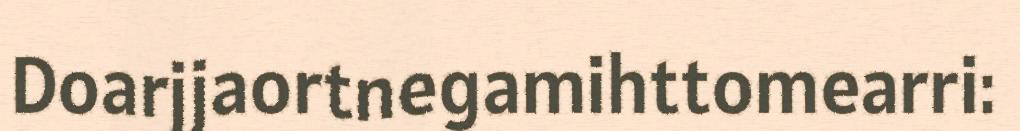
Doarjjaortnegamihttomearri: